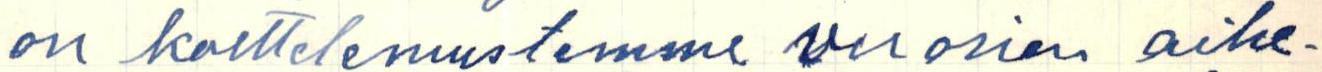
on koettelemustemme vuosien aihe-